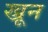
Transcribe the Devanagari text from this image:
ख्रून